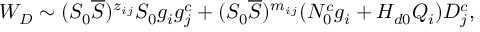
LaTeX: W _ { D } \sim ( S _ { 0 } \overline { { { S } } } ) ^ { z _ { i j } } S _ { 0 } g _ { i } g _ { j } ^ { c } + ( S _ { 0 } \overline { { { S } } } ) ^ { m _ { i j } } ( N _ { 0 } ^ { c } g _ { i } + H _ { d 0 } Q _ { i } ) D _ { j } ^ { c } ,